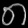
Digit: ၈